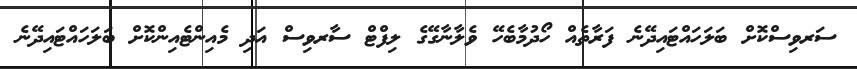
ސަރވިސްކޮށް ބަލަހައްޓައިދޭނެ ފަރާތެއް ހޯދުމާބެހޭ ވެލާނާގޭގެ ލިފްޓް ސާރވިސް އަދި މެއިންޓެއިންކޮށް ބަލަހައްޓައިދޭނެ